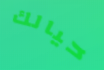
حيالك